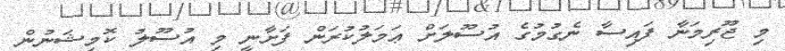
މި ޖޫރިމަނާ ފައިސާ ނެގުމުގެ އުސޫލަށް ޢަމަލުކުރަން ފަށާނީ މި އުސޫލު ކޮމިޝަނުން